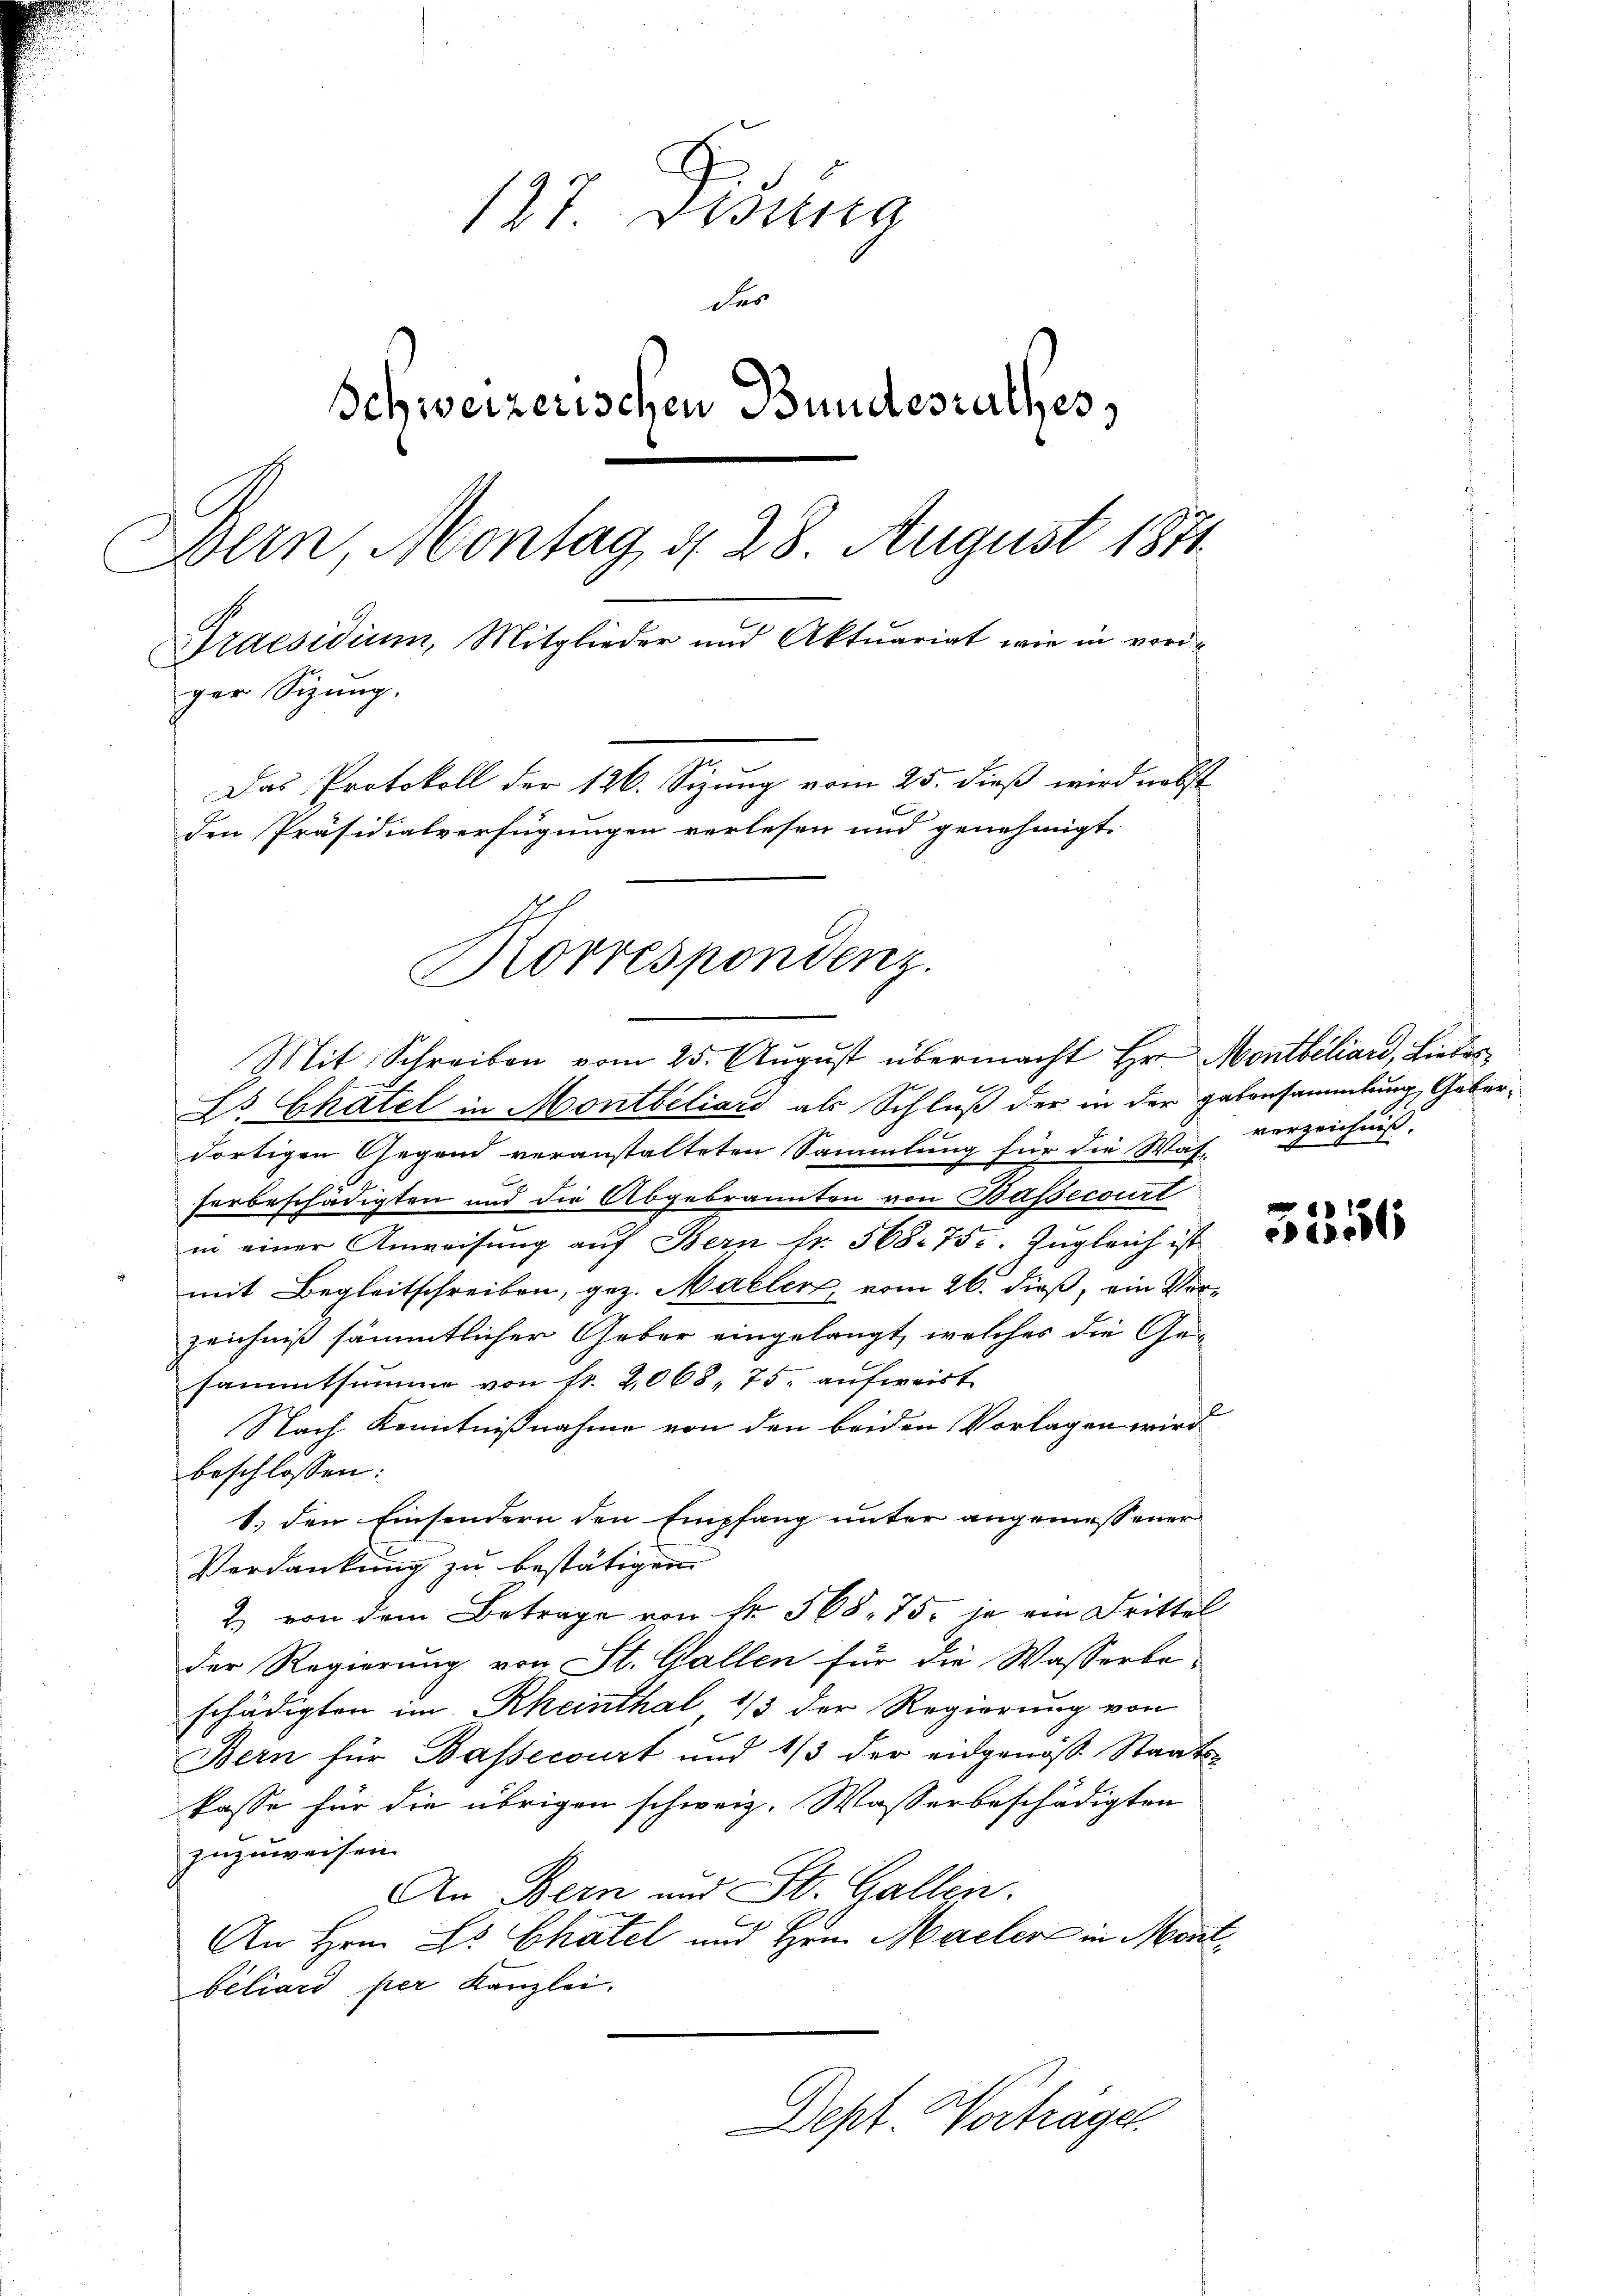
137 Fidung
des
Schweizerischen Bundesrathes,
Bern, Montag, d. 28. August 1871
Praesidium, Mitglieder und Aktuariat wie in voriger Sitzung.
Das Protokoll der 126. Sizung vom 25. dieß wird nebst
den Präsidialverfügungen verlesen und genehmigt.

Rorrespondenz.
Mit Schreiben vom 25. August übermacht Hr. Montbéliard, Lieder

Ls Chatel in Montbiliars als Schluß der in der Habensammlung, Gaberdortigen Gegend veranstalteten Sammlung für die Was-
ferbeschädigten und die Abgebrannten von Bassecourt
in einer Anweisung auf Bern fr. 568. 75. Zugleich ist
mit Begleitschreiben, gez. Maller, vom 26. dieß, ein Vorzeichniß sämmtlicher Geber eingelangt, welches die Gesammtsumme von Fr. 2068, 75. aufweist.
Nach Kenntnißnahme von den beiden Vorlagen wird
beschlossen:
1. den Einsondern den Empfang unter angemessener
Verdankung zu bestätigen.
2 von dem Betrage von Nr. 568. 75. je ein Drittel
der Regierung von St. Gallen für die Wasserbeschädigten im Rheinthal 1/3 der Regierung von
Bern für Bassecourt und 1/3 der eidgenöss. Staats-
kasse für die übrigen schweiz. Wasserbeschädigten
zuzuweisen.
An Bern und St. Gallen.
An Hrn. Dr Chatel und Hern. Maeler in Mont
beliard per Kanzlei.
Dept. Vorträger

verzeichnis.

5356